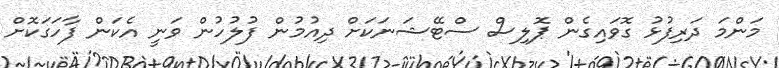
މަންމަ ދަރިފުޅު ގޮވައިގެން ޕޮލިސް ސްޓޭޝަނަކަށް ދިއުމުން ފުލުހުން ވަނީ އެކަން ފާހަގަކޮށް